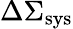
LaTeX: \Delta\Sigma_{\mathrm{sys}}